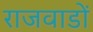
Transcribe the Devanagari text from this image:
राजवाडों